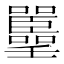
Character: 𡅚